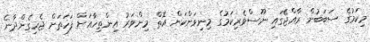
މިކަމުގެ ސަބަބުން ރާއްޖޭގައި ނޫސްވެރިކަމުގެ މިނިވަންކަން އޮތް މިންވަރު އިންތިހާއަށް ފަހަތަށް ޖެހިގެންދާނެ